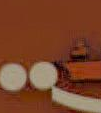
.